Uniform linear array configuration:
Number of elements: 8
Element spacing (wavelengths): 0.75
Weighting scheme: exponential
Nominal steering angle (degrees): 0
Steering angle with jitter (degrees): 0.734
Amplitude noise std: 0.05
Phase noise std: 0.05

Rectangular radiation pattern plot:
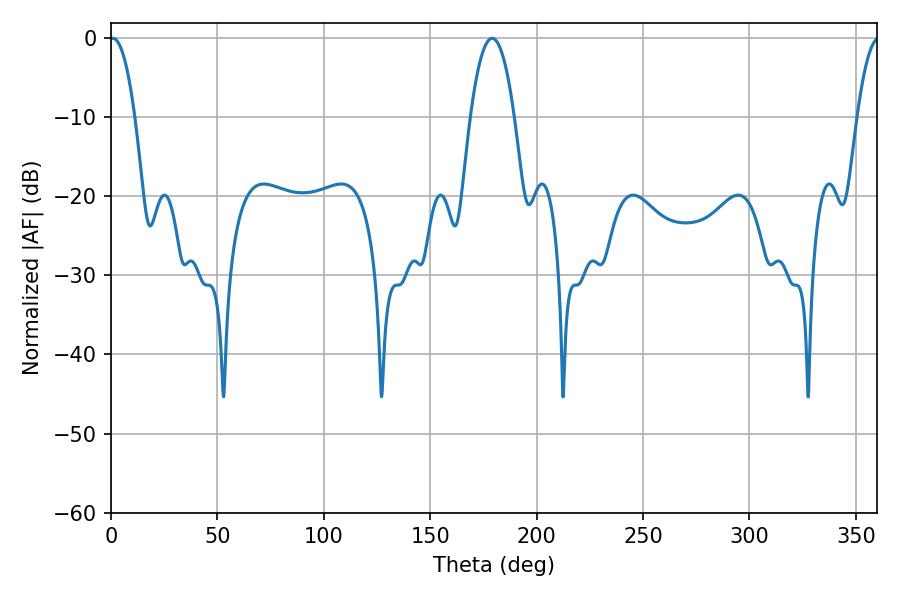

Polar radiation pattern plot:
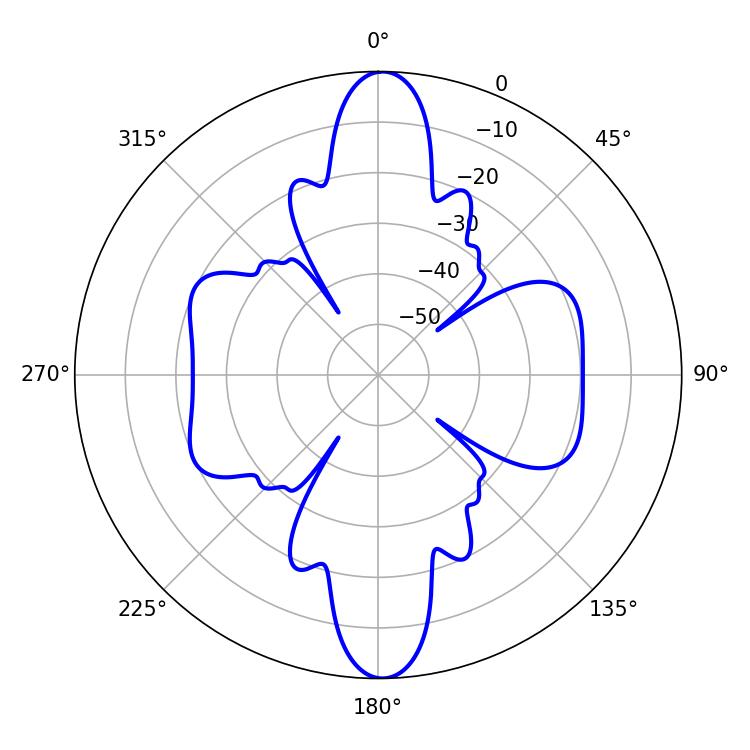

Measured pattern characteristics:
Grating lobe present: TRUE
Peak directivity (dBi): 22.958
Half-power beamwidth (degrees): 6.66
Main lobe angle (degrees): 0.9